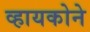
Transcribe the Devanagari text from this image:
व्हायकोने